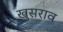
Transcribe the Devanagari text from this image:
खुसराव